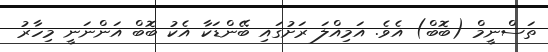
ތަސްނީމް (ބޮބް) އެވެ. އަމިއްލަ ރަށުގައި ބޭންޑަކާ އެކު ބޮބް އަންނަނީ މިހާރު